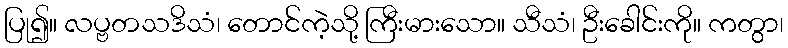
ပြု၍။ လပ္ဗတသဒိသံ၊ တောင်ကဲ့သို့ ကြီးမားသော။ သီသံ၊ ဦးခေါင်းကို။ ကတွာ၊